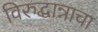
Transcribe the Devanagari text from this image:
विरुद्धान्नाचा